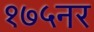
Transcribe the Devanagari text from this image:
१७५नर